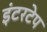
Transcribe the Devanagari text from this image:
इंटरटेप